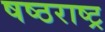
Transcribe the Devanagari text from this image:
षष्ठराष्ट्र